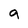
Character: 9